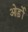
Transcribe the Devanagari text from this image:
ओर्ड़ो